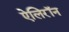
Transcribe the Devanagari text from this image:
ऐलिरॉन